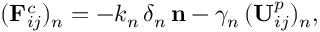
( \mathbf { F } _ { i j } ^ { c } ) _ { n } = - k _ { n } \, \delta _ { n } \, { \mathbf { n } } - \gamma _ { n } \, ( \mathbf { U } _ { i j } ^ { p } ) _ { n } ,